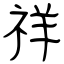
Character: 祥